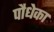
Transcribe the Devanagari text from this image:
पौधेका